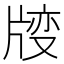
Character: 𱭝